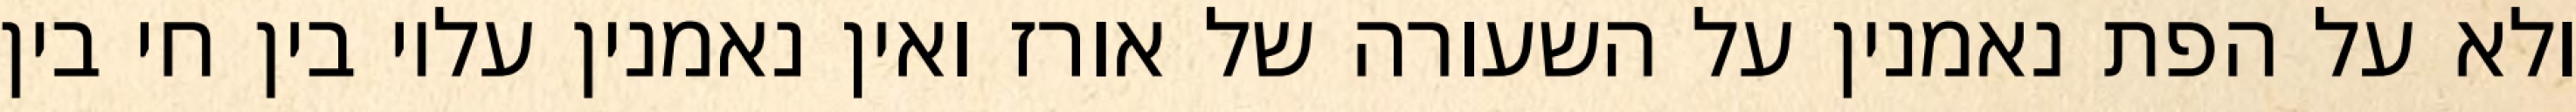
ולא על הפת נאמנין על השעורה של אורז ואין נאמנין עליו בין חי בין